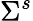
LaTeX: \Sigma^{s}